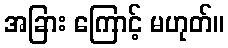
အခြား ကြောင့် မဟုတ်။